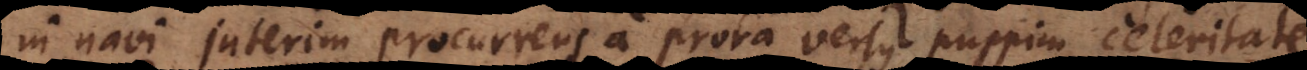
in navi interim procurrens a prora versus puppim celeritate